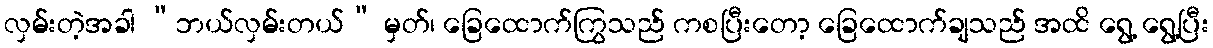
လှမ်းတဲ့အခါ “ဘယ်လှမ်းတယ်” မှတ်၊ ခြေထောက်ကြွသည် ကစပြီးတော့ ခြေထောက်ချသည် အထိ ရွေ့ ရွေ့ပြီး